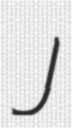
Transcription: J